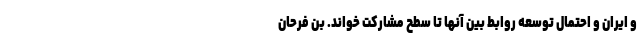
و ایران و احتمال توسعه روابط بین آنها تا سطح مشارکت خواند. بن فرحان